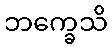
ဘက္ခေသိ